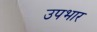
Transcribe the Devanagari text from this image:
उपभार